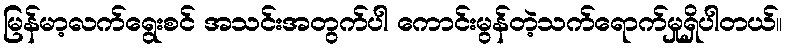
မြန်မာ့လက်ရွေးစင် အသင်းအတွက်ပါ ကောင်းမွန်တဲ့သက်ရောက်မှုရှိပါတယ်။